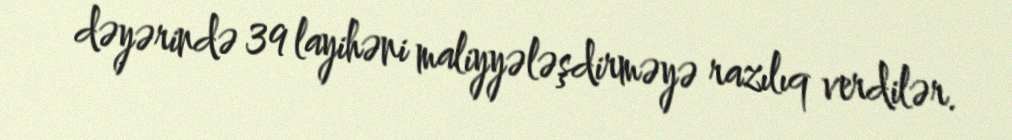
dəyərində 39 layihəni maliyyələşdirməyə razılıq verdilər.